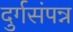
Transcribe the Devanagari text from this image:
दुर्गसंपन्न